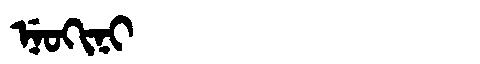
Manchu: ᠨᡝᠣᡴᡳᠨᡳ
Romanization: NEOKINI